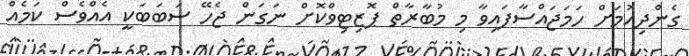
ގެންދިއުމަށް ހަމަޖައްސާފައިވާ މި މުބާރާތް ޕޮޒިޓިވްކޮށް ނަގަން ޖެހޭ ސަބަބަކީ އެއްވެސް ކަމެއް